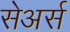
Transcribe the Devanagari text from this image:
सेअर्स